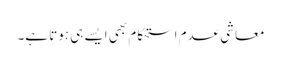
معاشی عدم استحکام بھی ایسے ہی ہوتا ہے۔